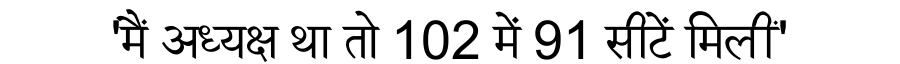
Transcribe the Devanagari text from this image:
'मैं अध्यक्ष था तो 102 में 91 सीटें मिलीं'